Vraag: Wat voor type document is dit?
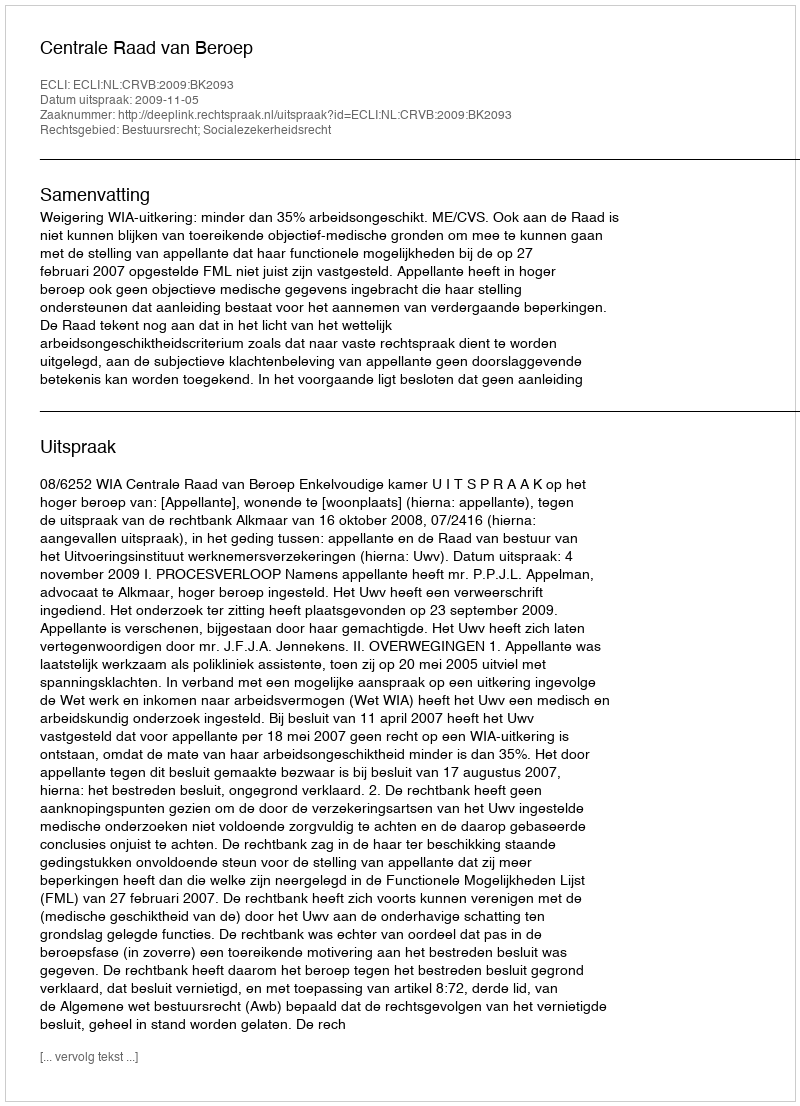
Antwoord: Uitspraak